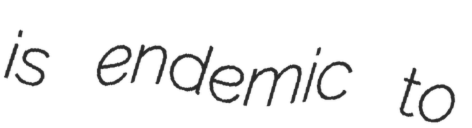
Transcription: is endemic to